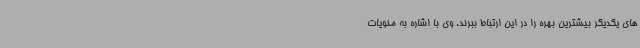
های یکدیگر بیشترین بهره را در این ارتباط ببرند. وی با اشاره به منویات